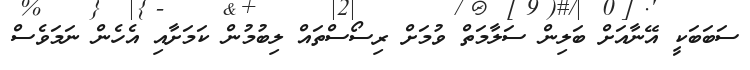
ސަބަބަކީ އޭނާއަށް ބަލިން ސަލާމަތް ވުމަށް ރިސޯސްތައް ލިބުމުން ކަމަށާއި އެހެން ނަމަވެސް